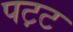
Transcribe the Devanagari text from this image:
पट़ट